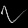
Digit: ၇